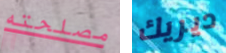
مصلحته ديريك